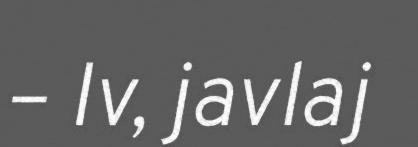
– Iv, javlaj